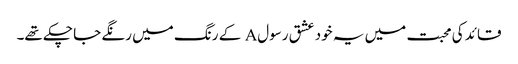
قائد کی محبت میں یہ خود عشق رسولA کے رنگ میں رنگے جا چکے تھے۔